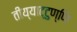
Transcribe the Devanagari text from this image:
तीय्याट्टुण्णि